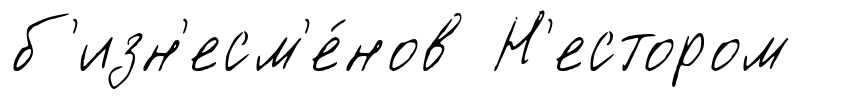
б'изн'есм'е́нов Н'естором